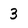
Character: 3